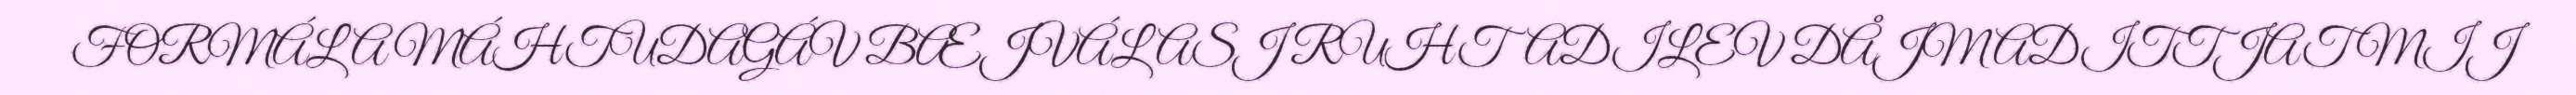
FORMÁLA MÁHTUDAGÁV BÆJVÁLASJ RUHTADILEV DÅJMADITTJAT MIJ